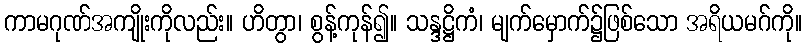
ကာမဂုဏ်အကျိုးကိုလည်း။ ဟိတွာ၊ စွန့်ကုန်၍။ သန္ဒဋ္ဌိကံ၊ မျက်မှောက်၌ဖြစ်သော အရိယမဂ်ကို။